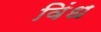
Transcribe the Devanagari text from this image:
विंध